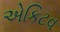
એકિટવ